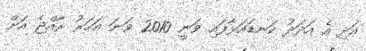
އަދި އެ އަދަދު ކަނޑައަޅާފައި ވަނީ 2010 ވަނަ އަހަރު ރާއްޖެ އަށް